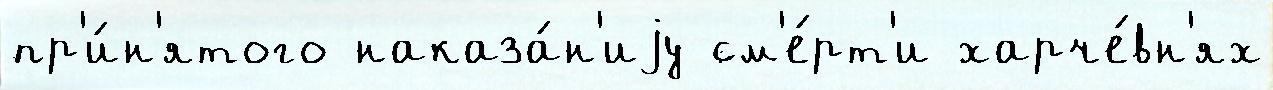
пр'и́н'ятого наказа́н'иjу см'е́рт'и харче́вн'ях